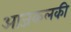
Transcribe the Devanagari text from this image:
आजकलकी